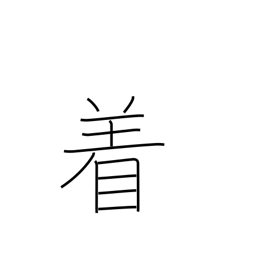
Meaning: counter for suits of clothing